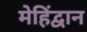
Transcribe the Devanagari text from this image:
मेहिंद्वान